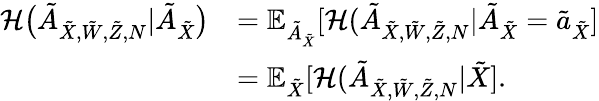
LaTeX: \begin{array}{rl}{\mathcal{H}\big(\tilde{A}_{{{\tilde{X}}},\tilde{W},\tilde{Z},N}|\tilde{A}_{{{\tilde{X}}}}\big)}&{=\mathbb{E}_{\tilde{A}_{{\tilde{X}}}}[\mathcal{H}(\tilde{A}_{{{\tilde{X}}},\tilde{W},\tilde{Z},N}|\tilde{A}_{{{\tilde{X}}}}=\tilde{a}_{\tilde{X}}]}\\ &{=\mathbb{E}_{\tilde{X}}[\mathcal{H}(\tilde{A}_{{{\tilde{X}}},\tilde{W},\tilde{Z},N}|{{{\tilde{X}}}}].}\end{array}